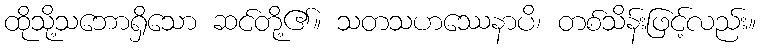
ထိုသို့သဘောရှိသော ဆင်တို့၏။ သတသဟဿေနာပိ၊ တစ်သိန်းဖြင့်လည်း။